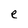
Character: e